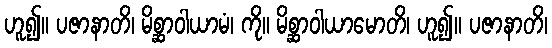
ဟူ၍။ ပဇာနာတိ၊ မိစ္ဆာဝါယာမံ၊ ကို။ မိစ္ဆာဝါယာမောတိ၊ ဟူ၍။ ပဇာနာတိ၊